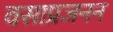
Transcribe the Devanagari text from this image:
वसाप्रजनन